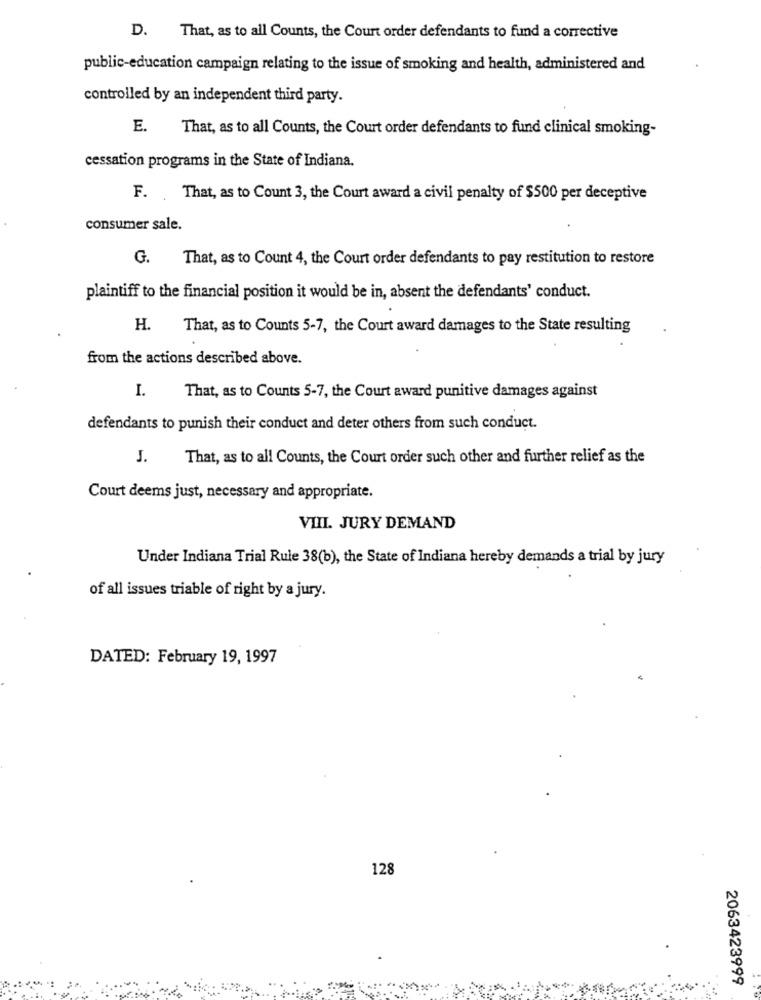
D. That, as to all Counts, the Court order defendants to fund a corrective
public-education campaign relating to the issue of smoking and health, administered and
controlled by an independent third party.
E.
That, as to all Counts, the Court order defendants to fund clinical smoking-
cessation programs in the State of Indiana.
F. That, as to Count 3, the Court award a civil penalty of $500 per deceptive
consumer sale.
G.
That, as to Count 4, the Court order defendants to pay restitution to restore
plaintiff to the financial position it would be in, absent the defendants' conduct.
H.
That, as to Counts 5-7, the Court award damages to the State resulting
from the actions described above.
I.
That, as to Counts 5-7, the Court award punitive damages against
defendants to punish their conduct and deter others from such conduct.
J.
That, as to all Counts, the Court order such other and further relief as the
Court deems just, necessary and appropriate.
VIII. JURY DEMAND
Under Indiana Trial Rule 38(b), the State of Indiana hereby demands a trial by jury
of all issues triable of right by a jury.
DATED: February 19, 1997
128
2063423999